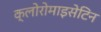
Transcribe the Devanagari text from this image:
क्लोरोमाइसेटिन